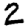
Digit: 2